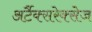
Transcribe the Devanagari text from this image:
अर्टैक्सरेक्सेज